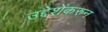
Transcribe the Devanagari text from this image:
उद्देशेंकरुन